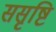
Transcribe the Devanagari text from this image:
ससृष्टि